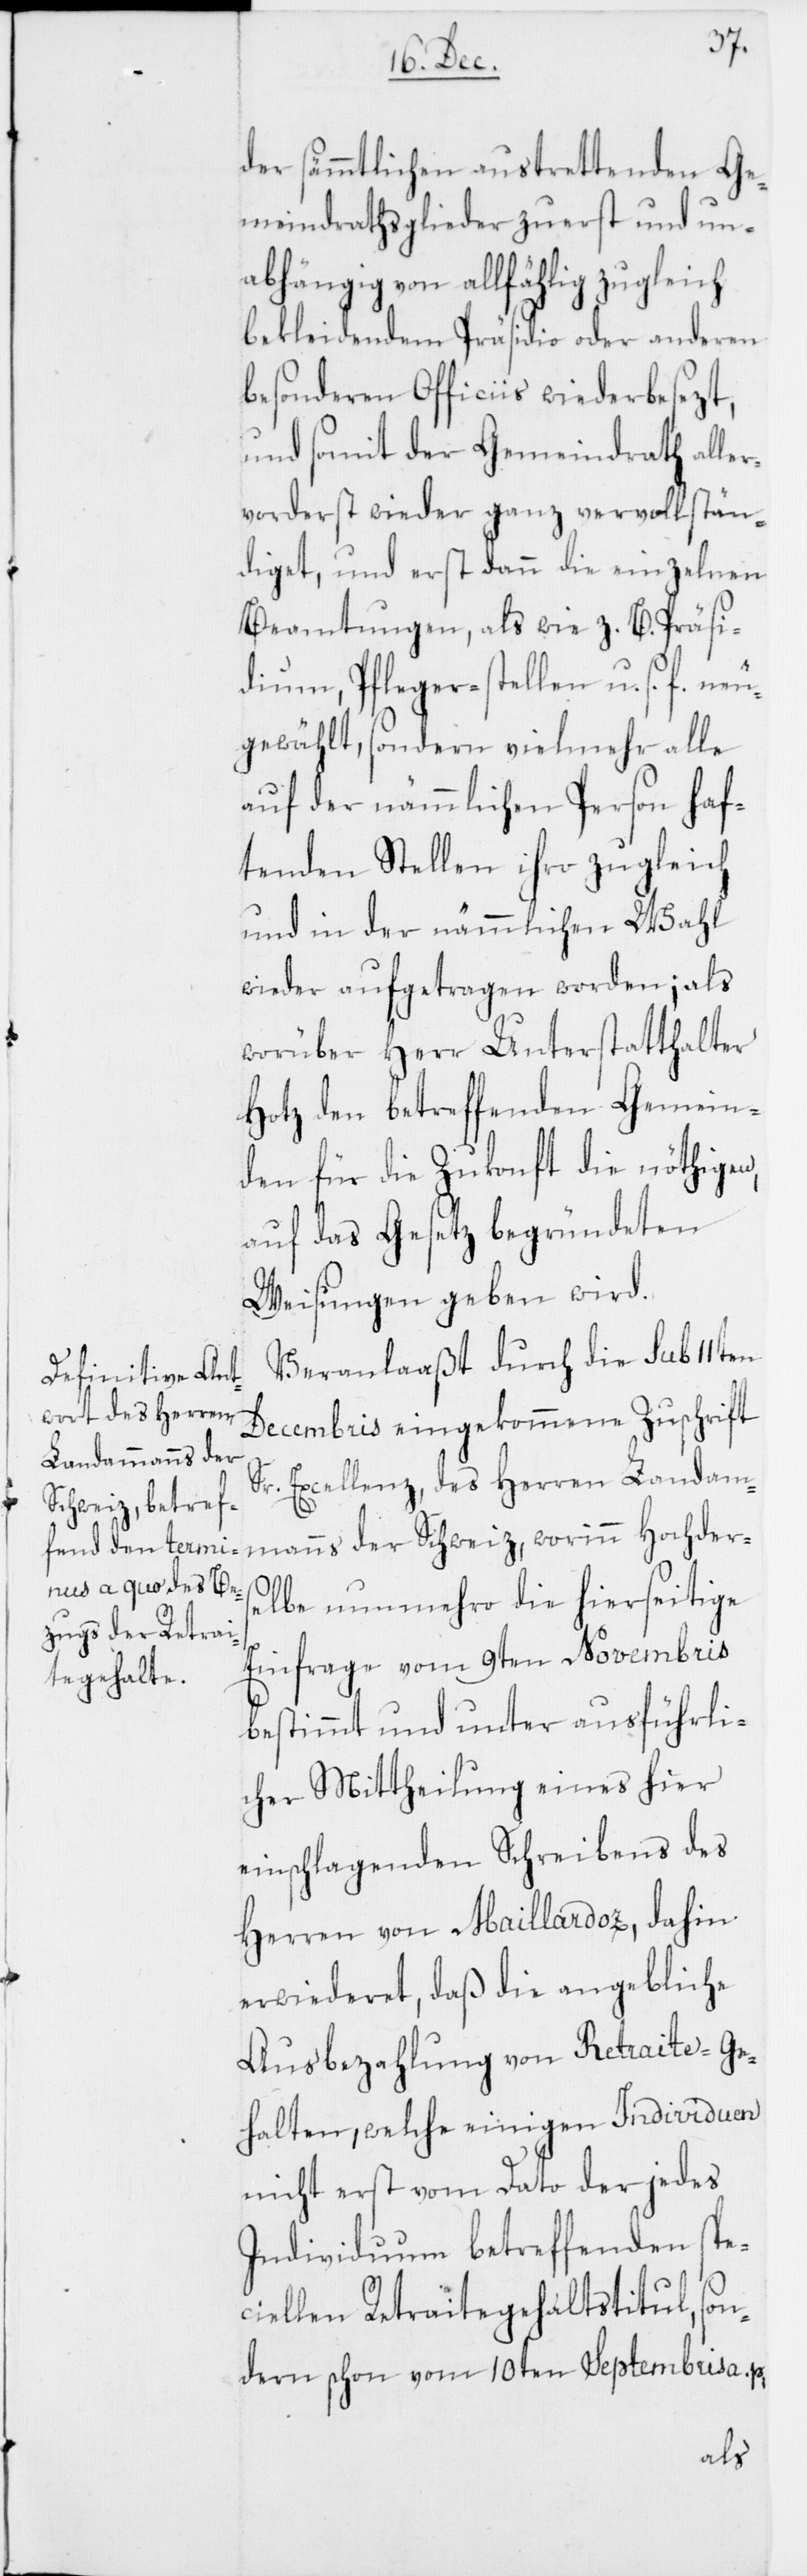
der sämmtlichen austrettenden Ge¬
meindrathsglieder zuerst und un¬
abhängig von allfählig zugleich
bekleidendem Präsidio oder anderen
besonderen Officiis wiederbesezt,
und somit der Gemeindrath alle¬
rvorderst wieder ganz vervollstän¬
diget, und erst dann die einzelnen
Beamtungen, als wie z. B. Präsi¬
dium, Pfleger-Stellen u. s. f. neu
gewählt, sondern vielmehr alle
auf der nämmlichen Person haf¬
tenden Stellen ihro zugleich
und in der nämmlichen Wahl
wieder aufgetragen worden; als
worüber Herr Unterstatthalter
Hotz den betreffenden Gemein¬
den für die Zukonft die nöthigen,
auf das Gesetz begründeten
Weisungen geben wird.
Veranlaßt durch die sub 11ten
Decembris eingekommene Zuschrift
Sr. Excellenz, des Herren Landam¬
manns der Schweiz, worinn Hochder¬
selbe nunmehro die hierseitige
Einfrage vom 9ten Novembris
bestimmt und unter ausführli¬
cher Mittheilung eines hier
einschlagenden Schreibens des
Herren von Maillardoz, dahin
erwiederet, daß die angebliche
Ausbezahlung von Retraite-Ge¬
halten, welche einigen Individuen
nicht erst vom Dato der jedes
Individuum betreffenden spe¬
ciellen Retraitegehaltstitul, son¬
dern schon vom 10ten Septembris a. p.,